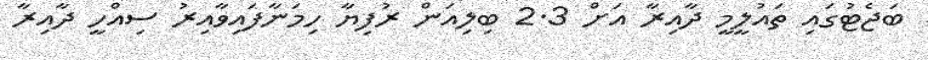
ބަޖެޓުގައި ތައުލީމީ ދާއިރާ އަށް 2.3 ބިލިއަން ރުފިޔާ ހިމަނާފައިވާއިރު ސިއްހީ ދާއިރާ